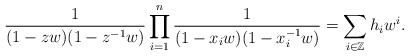
\begin{align*}\frac{1}{(1-zw)(1-z^{-1}w)}\prod^n_{i=1}\frac{1}{(1-x_iw)(1-x^{-1}_iw)}=\sum_{i\in \mathbb{Z}}h_iw^i.\end{align*}